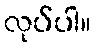
လုပ်ပါ။